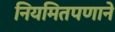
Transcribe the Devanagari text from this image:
नियमितपणाने